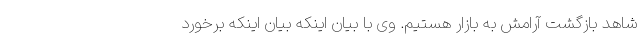
شاهد بازگشت آرامش به بازار هستیم. وی با بیان اینکه بیان اینکه برخورد